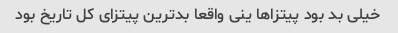
خیلی بد بود پیتزاها ینی واقعا بدترین پیتزای کل تاریخ بود